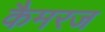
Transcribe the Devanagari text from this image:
कैमरज